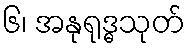
၆၊ အနုရုဒ္ဓသုတ်